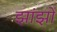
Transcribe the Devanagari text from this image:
झांझों